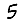
Digit: 5